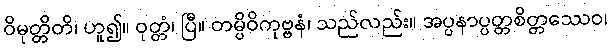
ဝိမုတ္တိတိ၊ ဟူ၍။ ဝုတ္တံ၊ ပြီ။ တမ္ပိဝိကုဗ္ဗနံ၊ သည်လည်း။ အပ္ပနာပ္ပတ္တစိတ္တဿေဝ၊